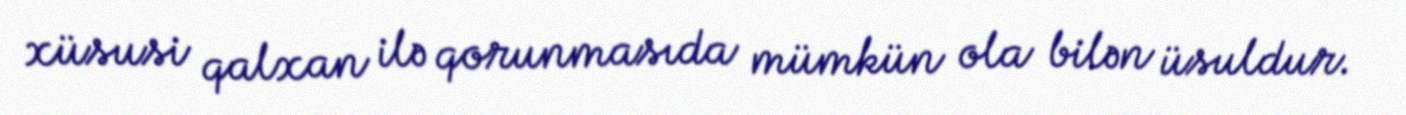
xüsusi qalxan ilə qorunmasıda mümkün ola bilən üsuldur.